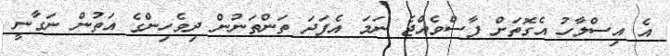
އެ އިސްލާހު އެގޮތަށް ފާސްވެއްޖެ ނަމަ އެފަދަ ތަންތަނުން ދިވެހިންގެ އަތުން ނަގާނީ